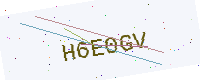
Text: H6E0GV